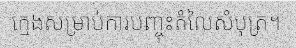
ក្មេងសម្រាប់ការបញ្ចុះតំលៃសំបុត្រ។